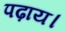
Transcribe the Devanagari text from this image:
पढ़ाय।